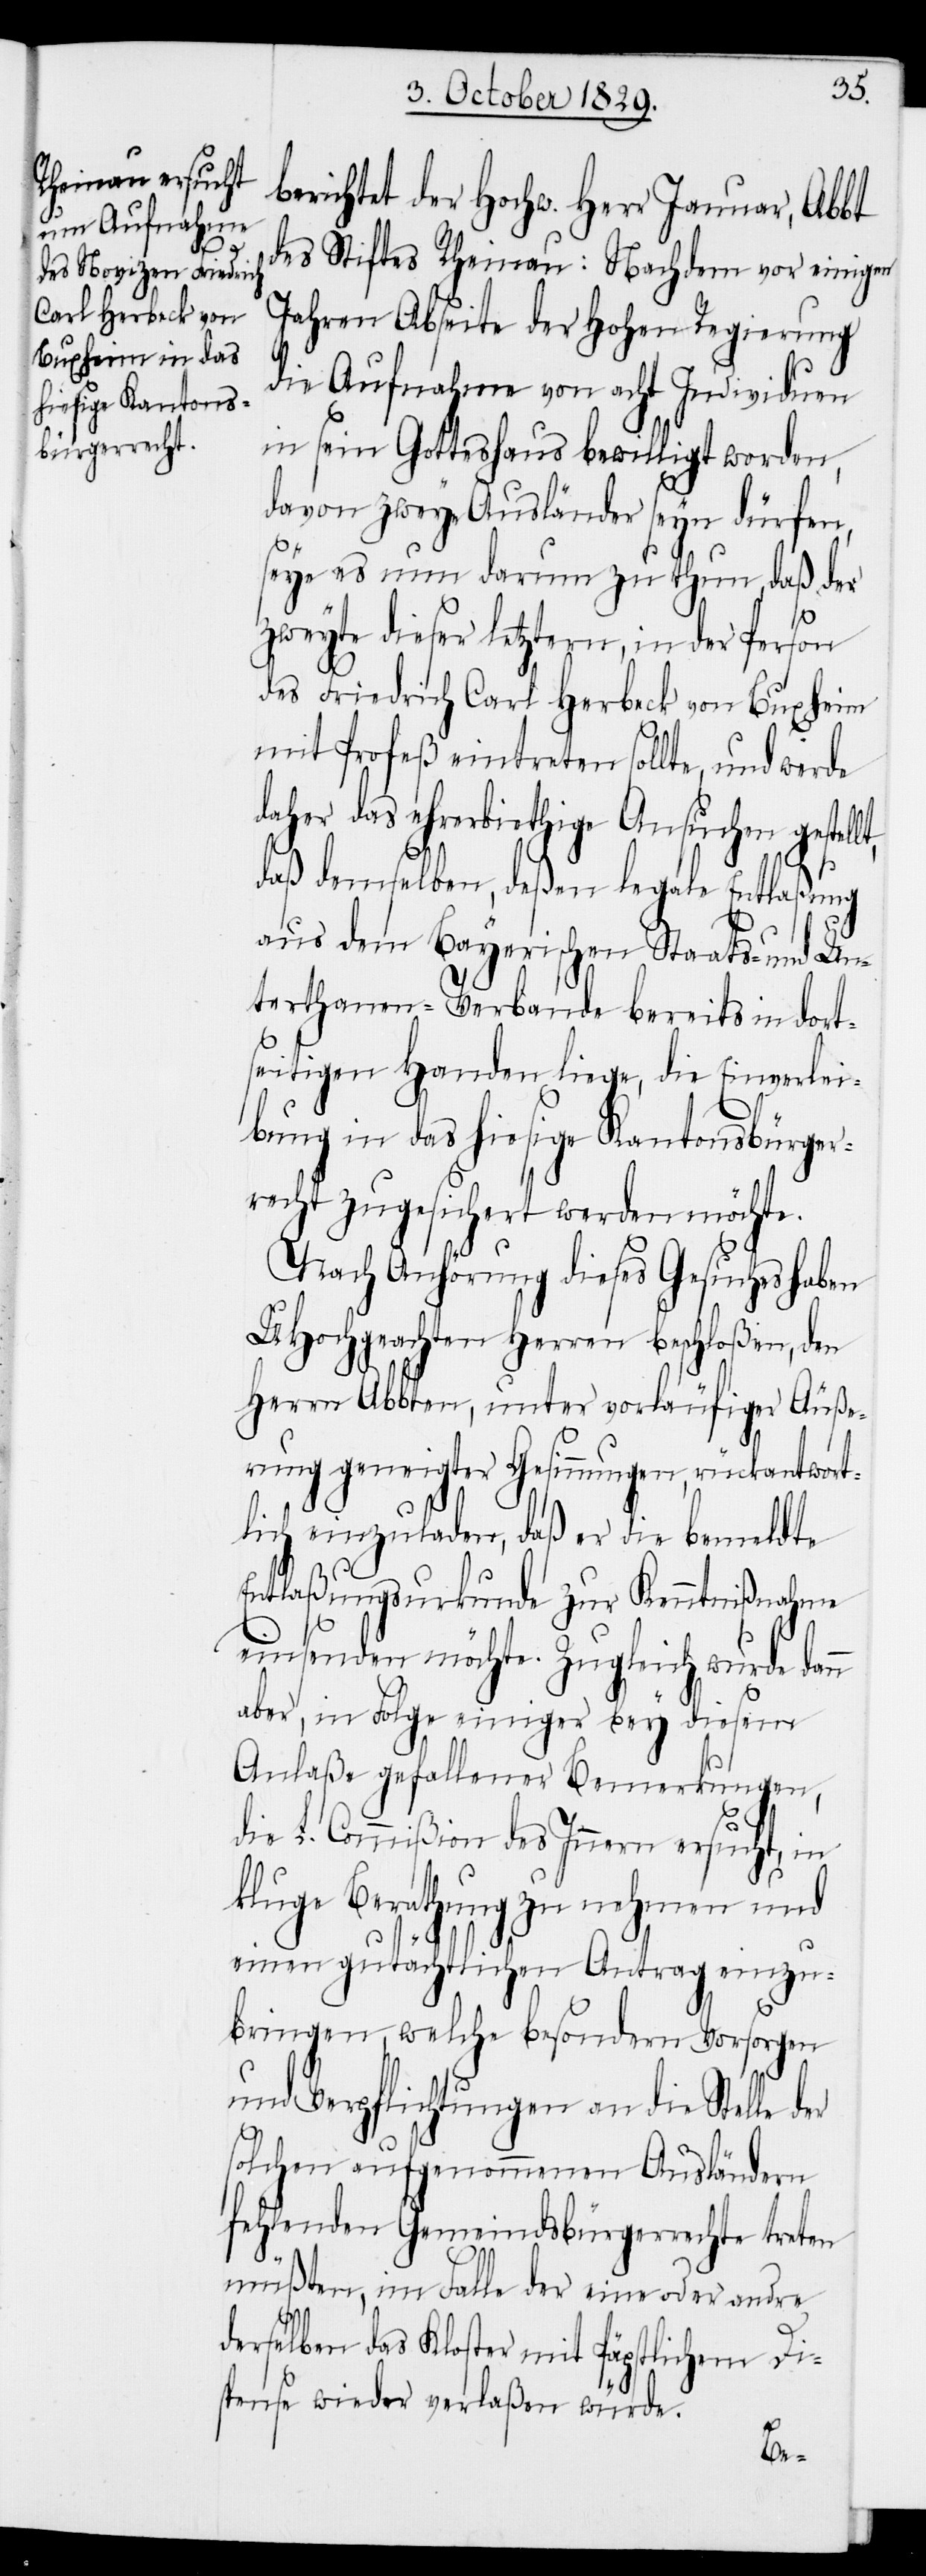
n

berichtet der Hochw. Herr Januar, Abbt
des Stiftes Rheinau: Nachdem vor einigen
Jahren Abseite der Hohen Regierung
die Aufnahme von acht Individuen
in sein Gotteshaus bewilligt worden,
davon zwey Ausländer seyn dürfen,
seye es nun darum zu thun, daß der
zweyte dieser letztern, in der Person
des Friedrich Carl Herbeck von Buxheim
mit Profeß eintreten sollte, und werde
daher das ehrerbiethige Ansuchen gestell¬
daß demselben, deßen legale Entlaßung
aus dem Bayerischen Staats- und Un¬
terthanen-Verbande bereits in dort¬
seitigen Handen liege, die Einverlei¬
bung in das hiesige Kantonsbürger¬
recht zugesichert werden möchte.
Nach Anhörung dieses Gesuches haben
UHochgeachten Herren beschloßen, den
Herrn Abbten, unter vorläufiger Äuße¬
rung geneigter Gesinnungen, rückantwort¬
lich einzuladen, daß er die bemeldte
Entlaßungsurkunde zur Kenntnißnahme
einsenden möchte. Zugleich wurde dan¬
aber, in Folge einiger bey diesem
Anlaße gefallener Bemerkungen,
die L. Commißion des Innern ersucht, in
kluge Berathung zu nehmen und
einen gutächtlichen Antrag einzu¬
bringen, welche besondern Vorsorgen
und Verpflichtungen an die Stelle
solchen aufgenommenen Ausländern
fehlenden Gemeindsbürgerrechte treten
müßten, im Falle der eine oder andre
derselben das Kloster mit Päpstlichem Di¬
spense wieder verlaßen würde.